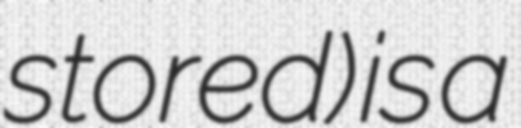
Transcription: stored) is a